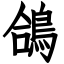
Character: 鴿